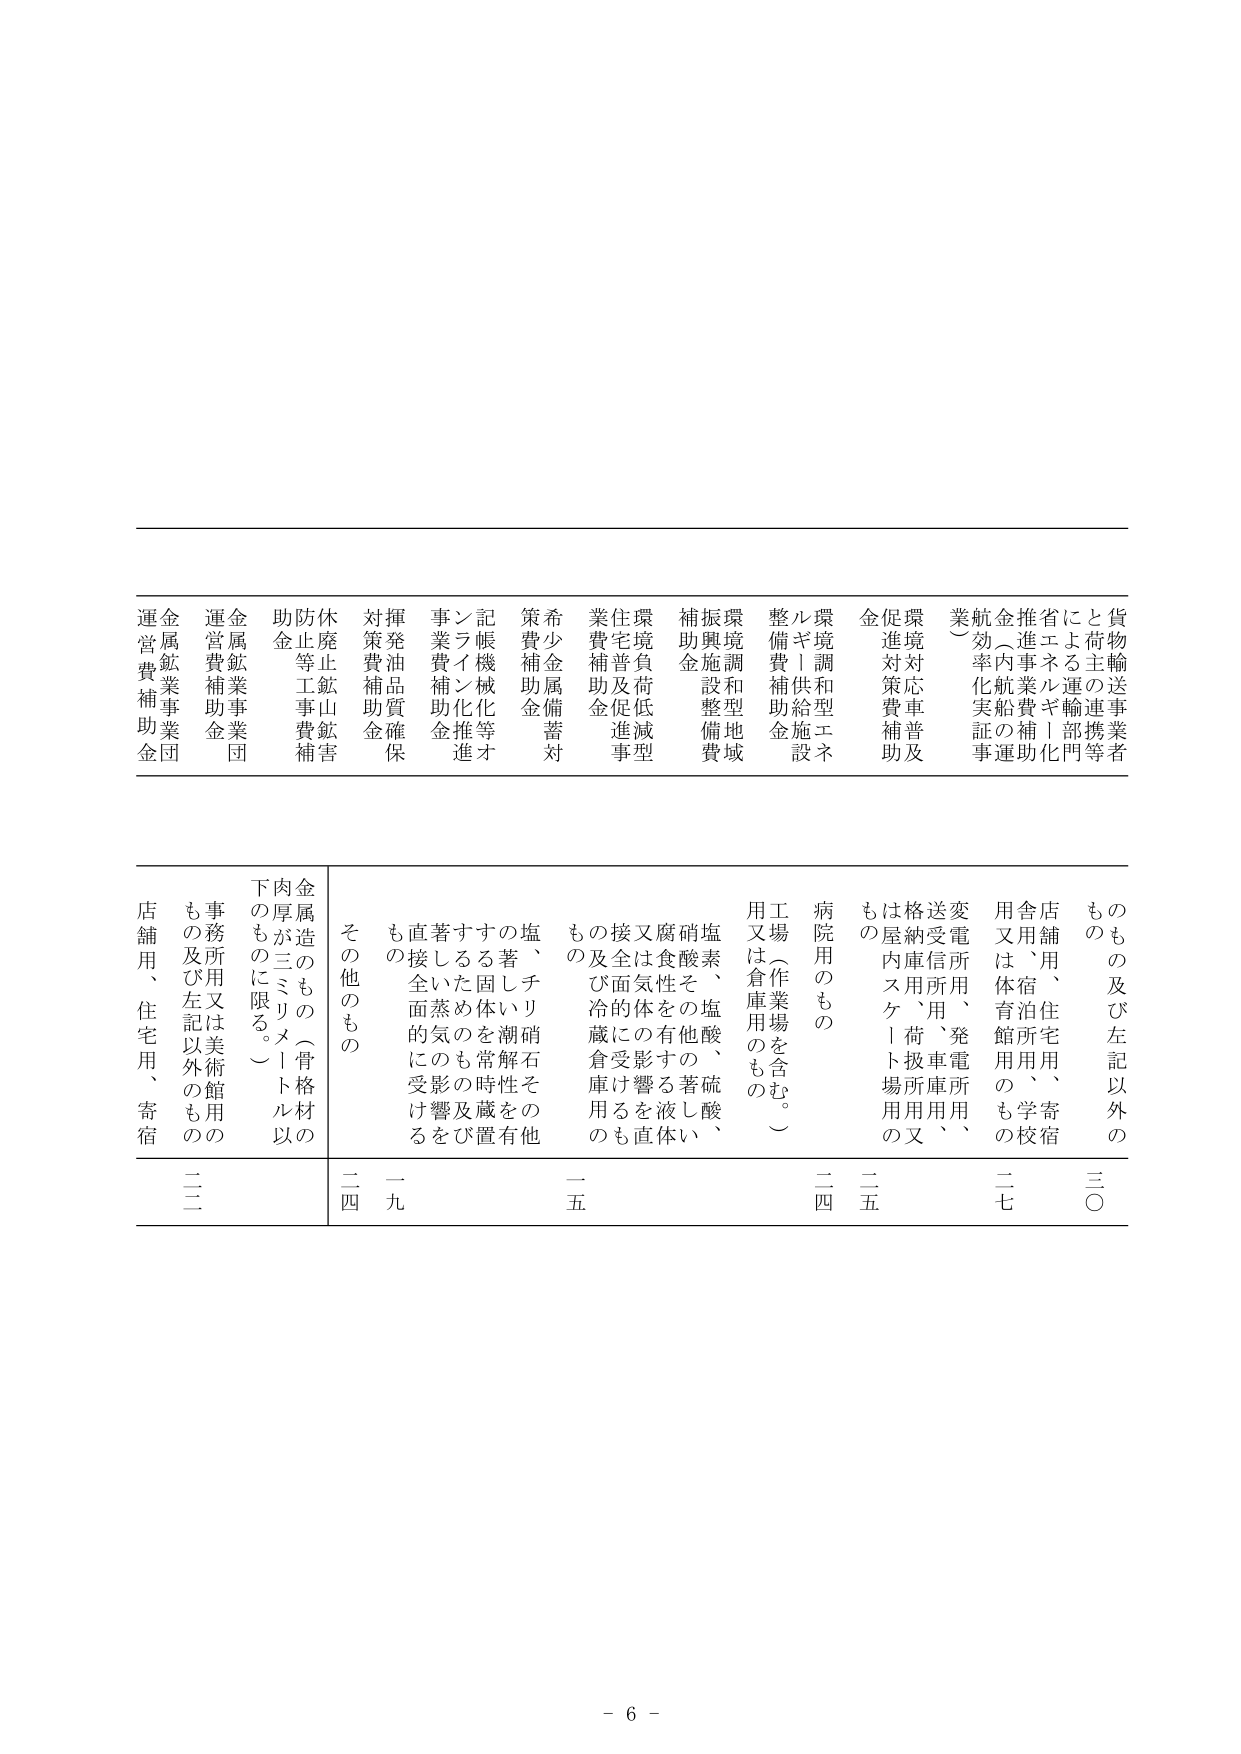
貨物輸送事業者
と荷主の連携等
による運輸部
推進事業費補助
金（内航船の運
航効率化実証事
業）
環境対応車両及
び促進対策費補助
金
環境調和型エネ
ルギー供給施設
整備費補助金
環境調和型地域
振興施設整備費
補助金
環境負荷低減型
住宅普及促進事
業費補助金
希少金属備蓄対
策費補助金
記帳機械化等オ
ンライン化推進
事業費補助金
揮発油品質確保
対策費補助金
休廃止鉱山被害
防止等工事費補
助金
金属鉱業事業団
運営費補助金
金属鉱業事業団
運営費補助金

もの及び左記以外の
もの
店舗用、住宅用、寄宿
舎用、住宅用、学校宿
舎用は体宿、泊館用の
もの
変電所用、発電所用、
送受信所用、車庫用、
格納庫用、荷扱所用の
又は屋内スケート場用
の
病院用のもの
工場（作業場を含む。）
用又は倉庫用のもの
塩、塩酸、硫酸、
硝酸その他酸性の著しい
腐食性を有する液体に
又は気体の影響を直
接又は間接的に受ける
もの及び冷蔵倉庫用の
もの
塩、チリ硝石その他
著しい潮解性を有する
固形物の常時貯蔵を
するための蒸気の影
響を直接受けるもの
その他のもの
金属造のもの（骨格材の
肉厚が三ミリメートル以
下のものに限る。）
事務所用又は美術館用の
もの及び左記以外のもの
二〇
二七
二五
二四
一五
一九
二四
二二